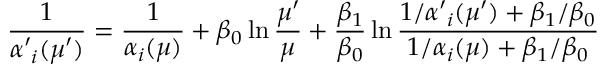
\frac { 1 } { \alpha \prime _ { i } ( \mu \prime ) } = \frac { 1 } { \alpha _ { i } ( \mu ) } + \beta _ { 0 } \ln \frac { \mu \prime } { \mu } + \frac { \beta _ { 1 } } { \beta _ { 0 } } \ln \frac { 1 / \alpha \prime _ { i } ( \mu \prime ) + \beta _ { 1 } / \beta _ { 0 } } { 1 / \alpha _ { i } ( \mu ) + \beta _ { 1 } / \beta _ { 0 } }